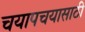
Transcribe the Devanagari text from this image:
चयापचयासाठी